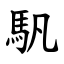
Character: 䭵